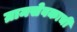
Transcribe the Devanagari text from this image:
ग्रामसेवकाची